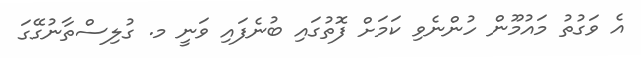
އެ ވަގުތު މައުމޫން ހުންނެވި ކަމަށް ފޮތުގައި ބުނެފައި ވަނީ މ. ގުލިސްތާނުގޭގަ